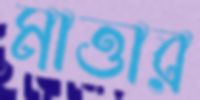
মাত্তার